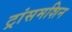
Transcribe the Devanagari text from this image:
ट्रांसमशिन